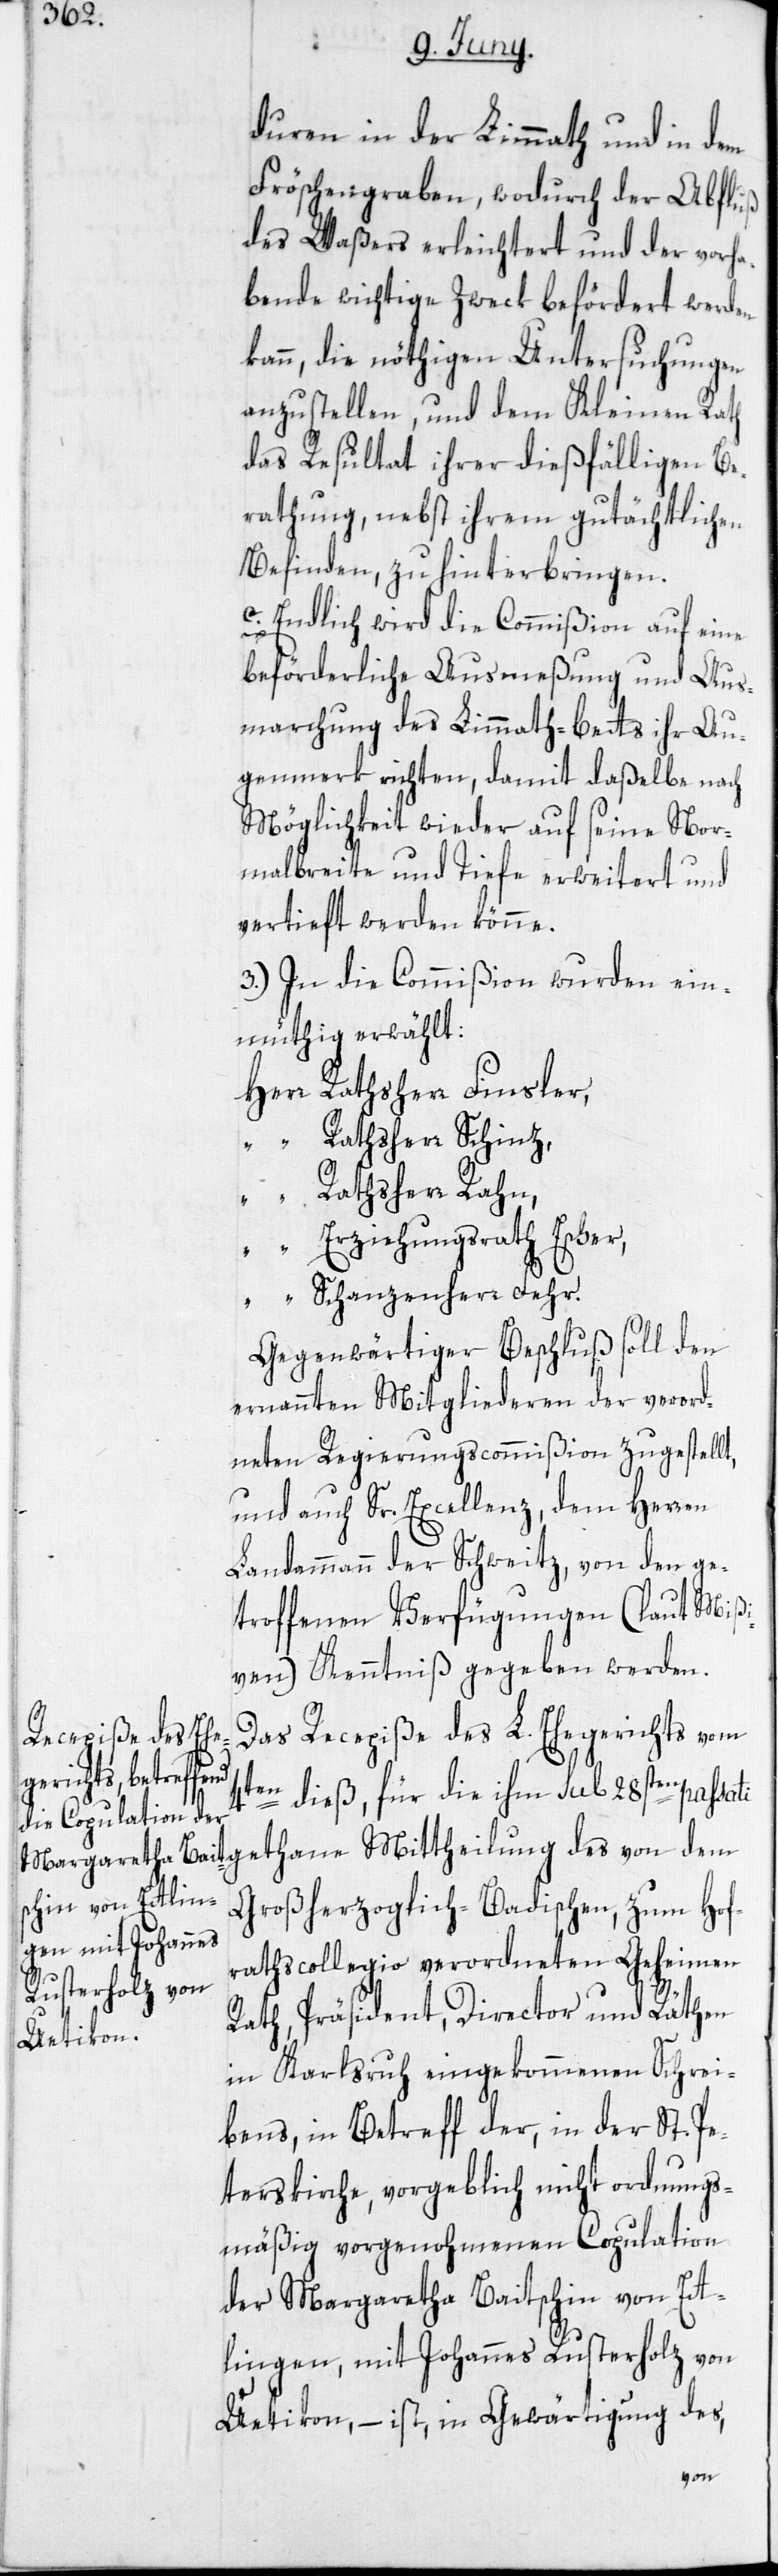
duren in der Limmath und in dem
Fröschengraben, wodurch der Abfluß
des Waßers erleichtert und der vorha¬
bende wichtige Zweck befördert werden
kann, die nöthigen Untersuchungen
anzustellen, und dem Kleinen Rath
das Resultat ihrer dießfälligen Be¬
rathung, nebst ihrem gutächtlichen
Befinden, zu hinterbringen.
c. Endlich wird die Commißion auf eine
beförderliche Ausmeßung und Aus¬
marchung des Limmath-Betts ihr Au¬
genmerk richten, damit daßelbe nach
Möglichkeit wieder auf seine Nor¬
malbreite und Tiefe erweitert und
vertieft werden könne.
3.) In die Commißion wurden ein¬
müthig erwählt:
Herr Rathsherr Finsler,
“ Rathsherr Schinz,
“ Rathsherr Rahn,
“ Erziehungsrath Escher,
“ Schanzenherr Fehr.
Gegenwärtiger Beschluß soll den
ernannten Mitgliederen der verord¬
neten Regierungscommißion zugestellt,
und auch Sr. Excellenz, dem Herren
Landammann der Schweitz, von den ge¬
troffenen Verfügungen (laut Mißi¬
ven) Kenntniß gegeben werden.
Das Recepiße des L. Ehegerichts vom
4ten dieß, für die ihm sub 28sten passati
Großherzoglich-Badischen, zum Hof¬
rathscollegio verordneten Geheimen
Rath, Präsident, Director und Räthen
in Karlsruh eingekommenen Schrei¬
bens, in Betreff der, in der St. Pe¬
terskirche, vorgeblich nicht ordnungs¬
mäßig vorgenohmenen Copulation
der Margaretha Baitschin von Ett¬
lingen, mit Johannes Rusterholz von
Uetikon, – ist, in Gewärtigung des,
von